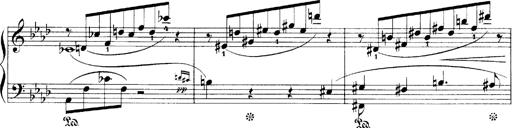
Title: LiebestrÃ¤ume
Composer: Franz Behr
Key: E-flat major